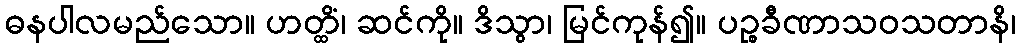
ဓနပါလမည်သော။ ဟတ္ထိံ၊ ဆင်ကို။ ဒိသွာ၊ မြင်ကုန်၍။ ပဉ္စခီဏာသဝသတာနိ၊